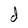
Character: d